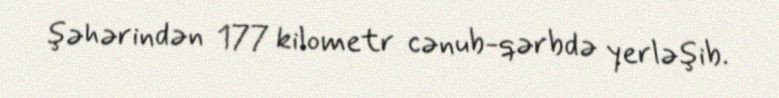
şəhərindən 177 kilometr cənub-qərbdə yerləşib.